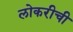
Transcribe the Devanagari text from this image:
लोकरीची